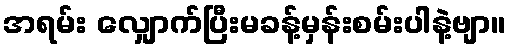
အရမ်း လျှောက်ပြီးမခန့်မှန်းစမ်းပါနဲ့ဗျာ။